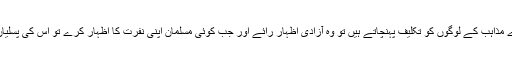
اگر خود دوسرے مذاہب کے لوگوں کو تکلیف پہنچاتے ہیں تو وہ آزادیٔ اظہارِ رائے اور جب کوئی مسلمان اپنی نفرت کا اظہار کرے تو اس کی پسلیاں توڑ دیتے ہیں۔